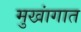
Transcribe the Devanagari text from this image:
मुखांगात